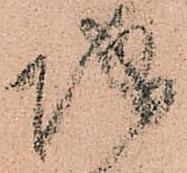
城